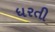
ધરતી